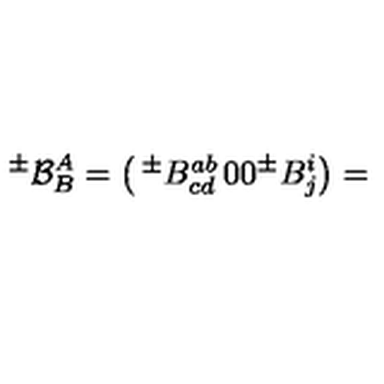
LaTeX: { ^ { \pm } } { \cal B } _ { B } ^ { A } = \left( \begin{matrix} { { ^ \pm } B _ { c d } ^ { a b } } & { 0 } \\ { 0 } & { { ^ \pm } B _ { j } ^ { i } } \\ \end{matrix} \right) =